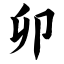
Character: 卯